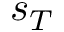
s _ { T }